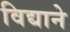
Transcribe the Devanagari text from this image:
विद्याने